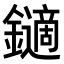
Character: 𨮹